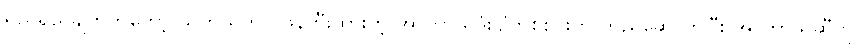
ရည်ရွယချက်ကတော့ သူကိုယ်တိုင် ဖန်တီးထားတဲ့ အာကာသဒုံးပျံတစ်စင်းကို တည်ဆောက်ပြီး အာကာသဆီကို